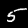
Label: 5